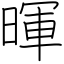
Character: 暉